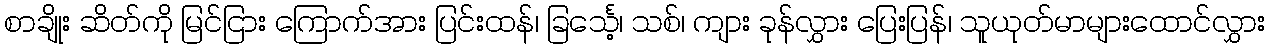
စာချိုး ဆိတ်ကို မြင်ငြား ကြောက်အား ပြင်းထန်၊ ခြင်္သေ့၊ သစ်၊ ကျား ခုန်လွှား ပြေးပြန်၊ သူယုတ်မာများထောင်လွှား